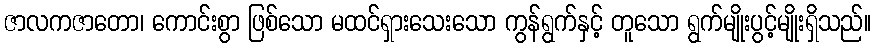
ဇာလကဇာတော၊ ကောင်းစွာ ဖြစ်သော မထင်ရှားသေးသော ကွန်ရွက်နှင့် တူသော ရွက်မျိုးပွင့်မျိုးရှိသည်။